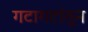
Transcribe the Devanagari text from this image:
गटागटांतून